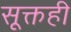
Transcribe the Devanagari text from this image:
सूक्तही